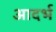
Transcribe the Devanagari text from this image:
आदर्भ